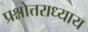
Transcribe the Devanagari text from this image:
प्रश्नोत्तराध्याय